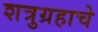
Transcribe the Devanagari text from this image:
शत्रुग्रहाचे